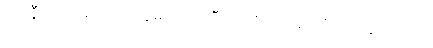
သို့။ ဒွီသု၊ ကုန်သော။ ဣမာသု ဘူမီသု၊ တို့၌။ ပဘေဒံ၊ ပြားခြင်းသို့။ ဝါ၊